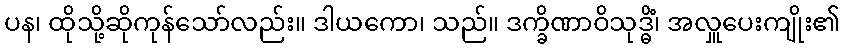
ပန၊ ထိုသို့ဆိုကုန်သော်လည်း။ ဒါယကော၊ သည်။ ဒက္ခိဏာဝိသုဒ္ဓိံ၊ အလှူပေးကျိုး၏